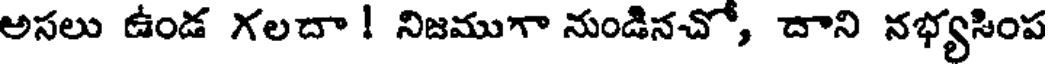
అసలు ఉండ గలదా ! నిజముగా నుండినచో, దాని నభ్యసింప